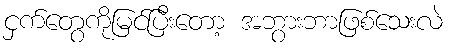
ငှက်တွေကိုမြင်ပြီးတော့ အဘွားဘာဖြစ်သေးလဲ